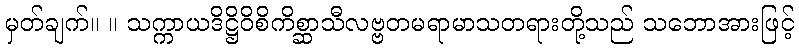
မှတ်ချက်။ ။ သက္ကာယဒိဋ္ဌိဝိစိကိစ္ဆာသီလဗ္ဗတမရာမာသတရားတို့သည် သဘောအားဖြင့်